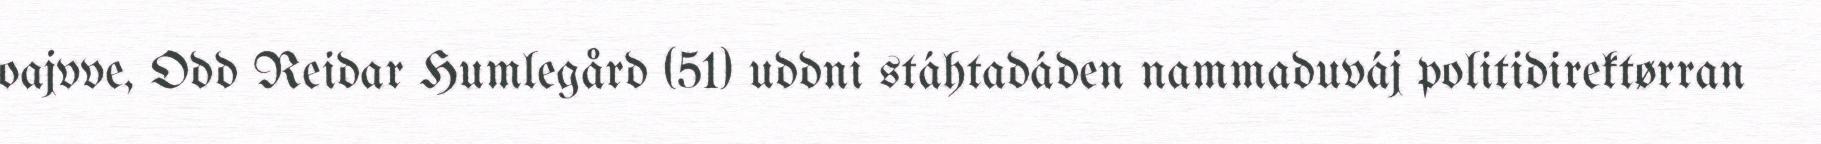
oajvve, Odd Reidar Humlegård (51) uddni stáhtadáden nammaduváj politidirektørran